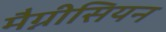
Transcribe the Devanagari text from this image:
मैग्नीसियन